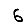
Digit: 6